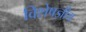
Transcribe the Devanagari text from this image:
विशेषज्ञीय